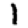
Digit: 1